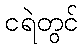
ငရဲတွင်